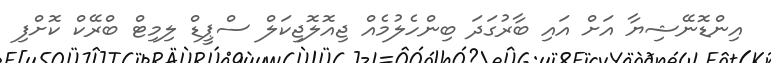
އިންޑޮނޭޝިޔާ އަށް އައި ބާރުގަދަ ބިންހެލުމެއް ޖިއޮލޮޖިކަލް ސްޕީޑް ލިމިޓް ބްރޭކް ކޮށްފި